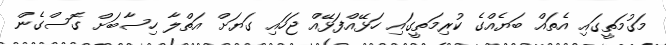
މަގުމަތީގައި އެތައް ބަޔެއްގެ ކުރިމަތީގައި ހަޅޭއްފަޅޭއް ޖަހައި ގަޔަށް އަތްލާ ހިސާބަށް ގޮސްގެން